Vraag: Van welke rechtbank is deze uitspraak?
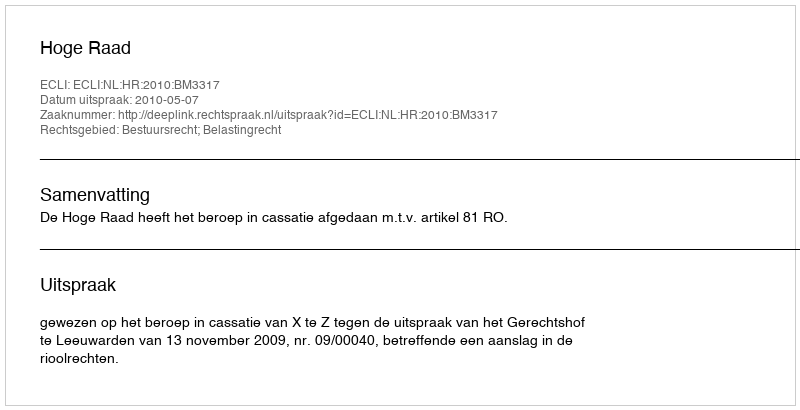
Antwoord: Hoge Raad